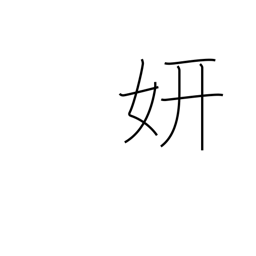
Meaning: splendor